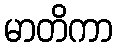
မာတိကာ